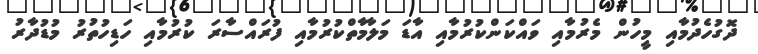
ދޮގުހެދުމާއި މީހުން މެރުމާއި ވައްކަންކުރުމާއި އާޑަ މަލާމާތްކުރުމާއި ފުރައްސާރަ ކުރުމާއި ހަޑިހުތުރު މުޑުދާރު